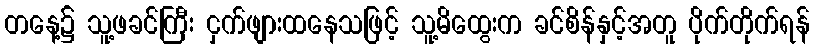
တနေ့၌ သူ့ဖခင်ကြီး ငှက်ဖျားထနေသဖြင့် သူ့မိထွေးက ခင်စိန်နှင့်အတူ ပိုက်တိုက်ရန်